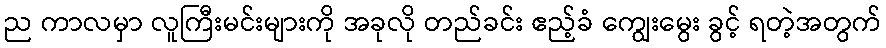
ည ကာလမှာ လူကြီးမင်းများကို အခုလို တည်ခင်း ဧည့်ခံ ကျွေးမွေး ခွင့် ရတဲ့အတွက်